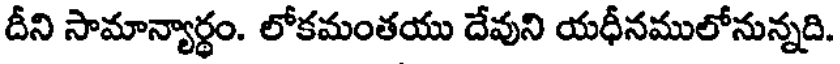
దీని సామాన్యార్థం. లోకమంతయు దేవుని యధీనములోనున్నది.